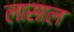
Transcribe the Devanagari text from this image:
लासाल